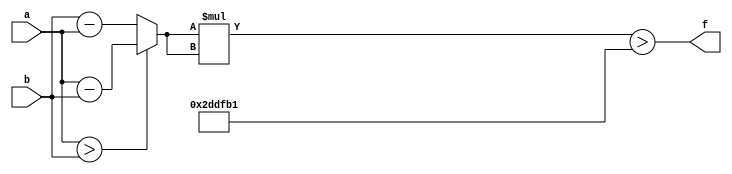
module maxse_mit(a, b, f);
parameter _bit = 16;
parameter maxse = 3006385;
input [_bit - 1: 0] a;
input [_bit - 1: 0] b;
output f;
wire [_bit - 1: 0] diff;
wire [_bit * 2 - 1: 0] se;
assign diff = (a > b)? (a - b): (b - a);
assign se = diff * diff;
assign f = (se > maxse);
endmodule